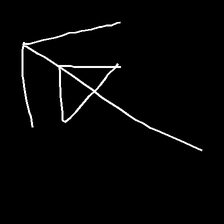
Glyph: pull